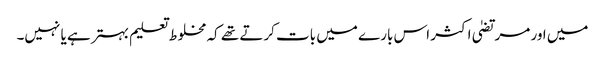
میں اور مرتضیٰ اکثر اس بارے میں بات کرتے تھے کہ مخلوط تعلیم بہتر ہے یا نہیں۔